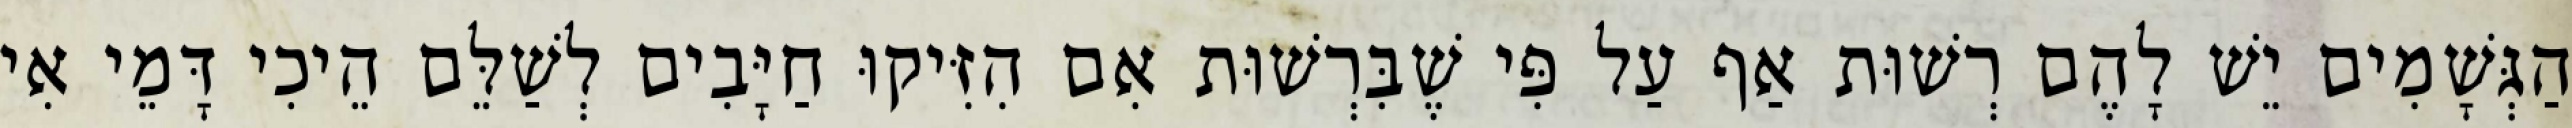
הַגְּשָׁמִים יֵשׁ לָהֶם רְשׁוּת אַף עַל פִּי שֶׁבִּרְשׁוּת אִם הִזִּיקוּ חַיָּבִים לְשַׁלֵּם הֵיכִי דָּמֵי אִי